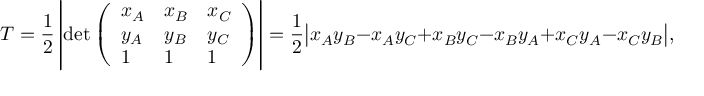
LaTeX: T = { \frac { 1 } { 2 } } \left| \operatorname* { d e t } { \left( \begin{array} { l l l } { x _ { A } } & { x _ { B } } & { x _ { C } } \\ { y _ { A } } & { y _ { B } } & { y _ { C } } \\ { 1 } & { 1 } & { 1 } \end{array} \right) } \right| = { \frac { 1 } { 2 } } { \big | } x _ { A } y _ { B } - x _ { A } y _ { C } + x _ { B } y _ { C } - x _ { B } y _ { A } + x _ { C } y _ { A } - x _ { C } y _ { B } { \big | } ,